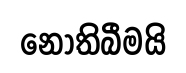
නොතිබීමයි